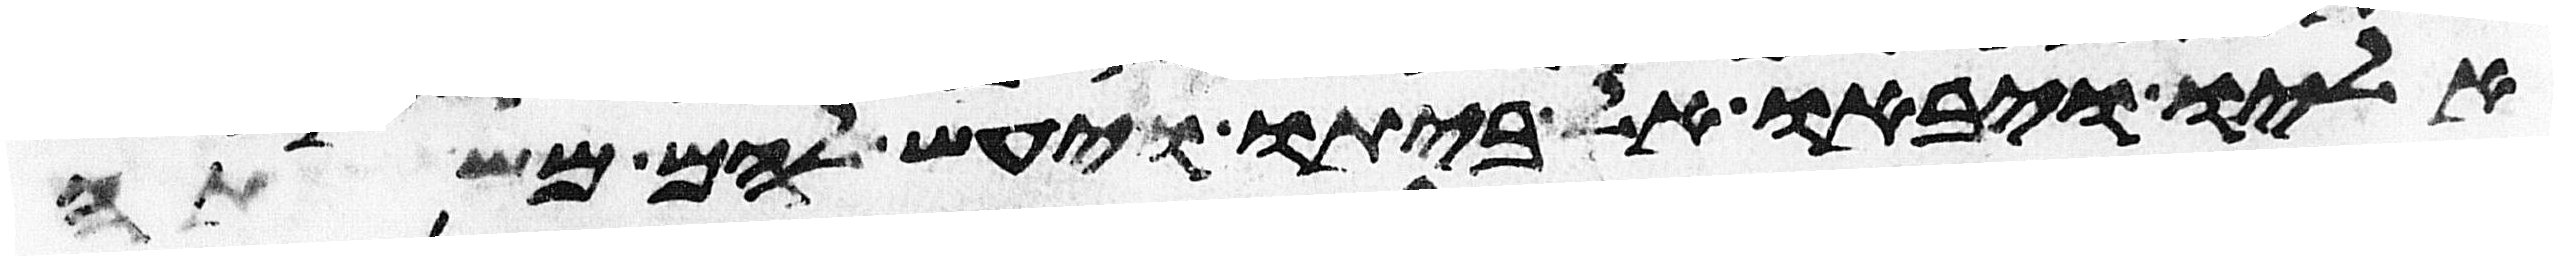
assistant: אליו ויבאו אל ביתו ויעש להם משתה